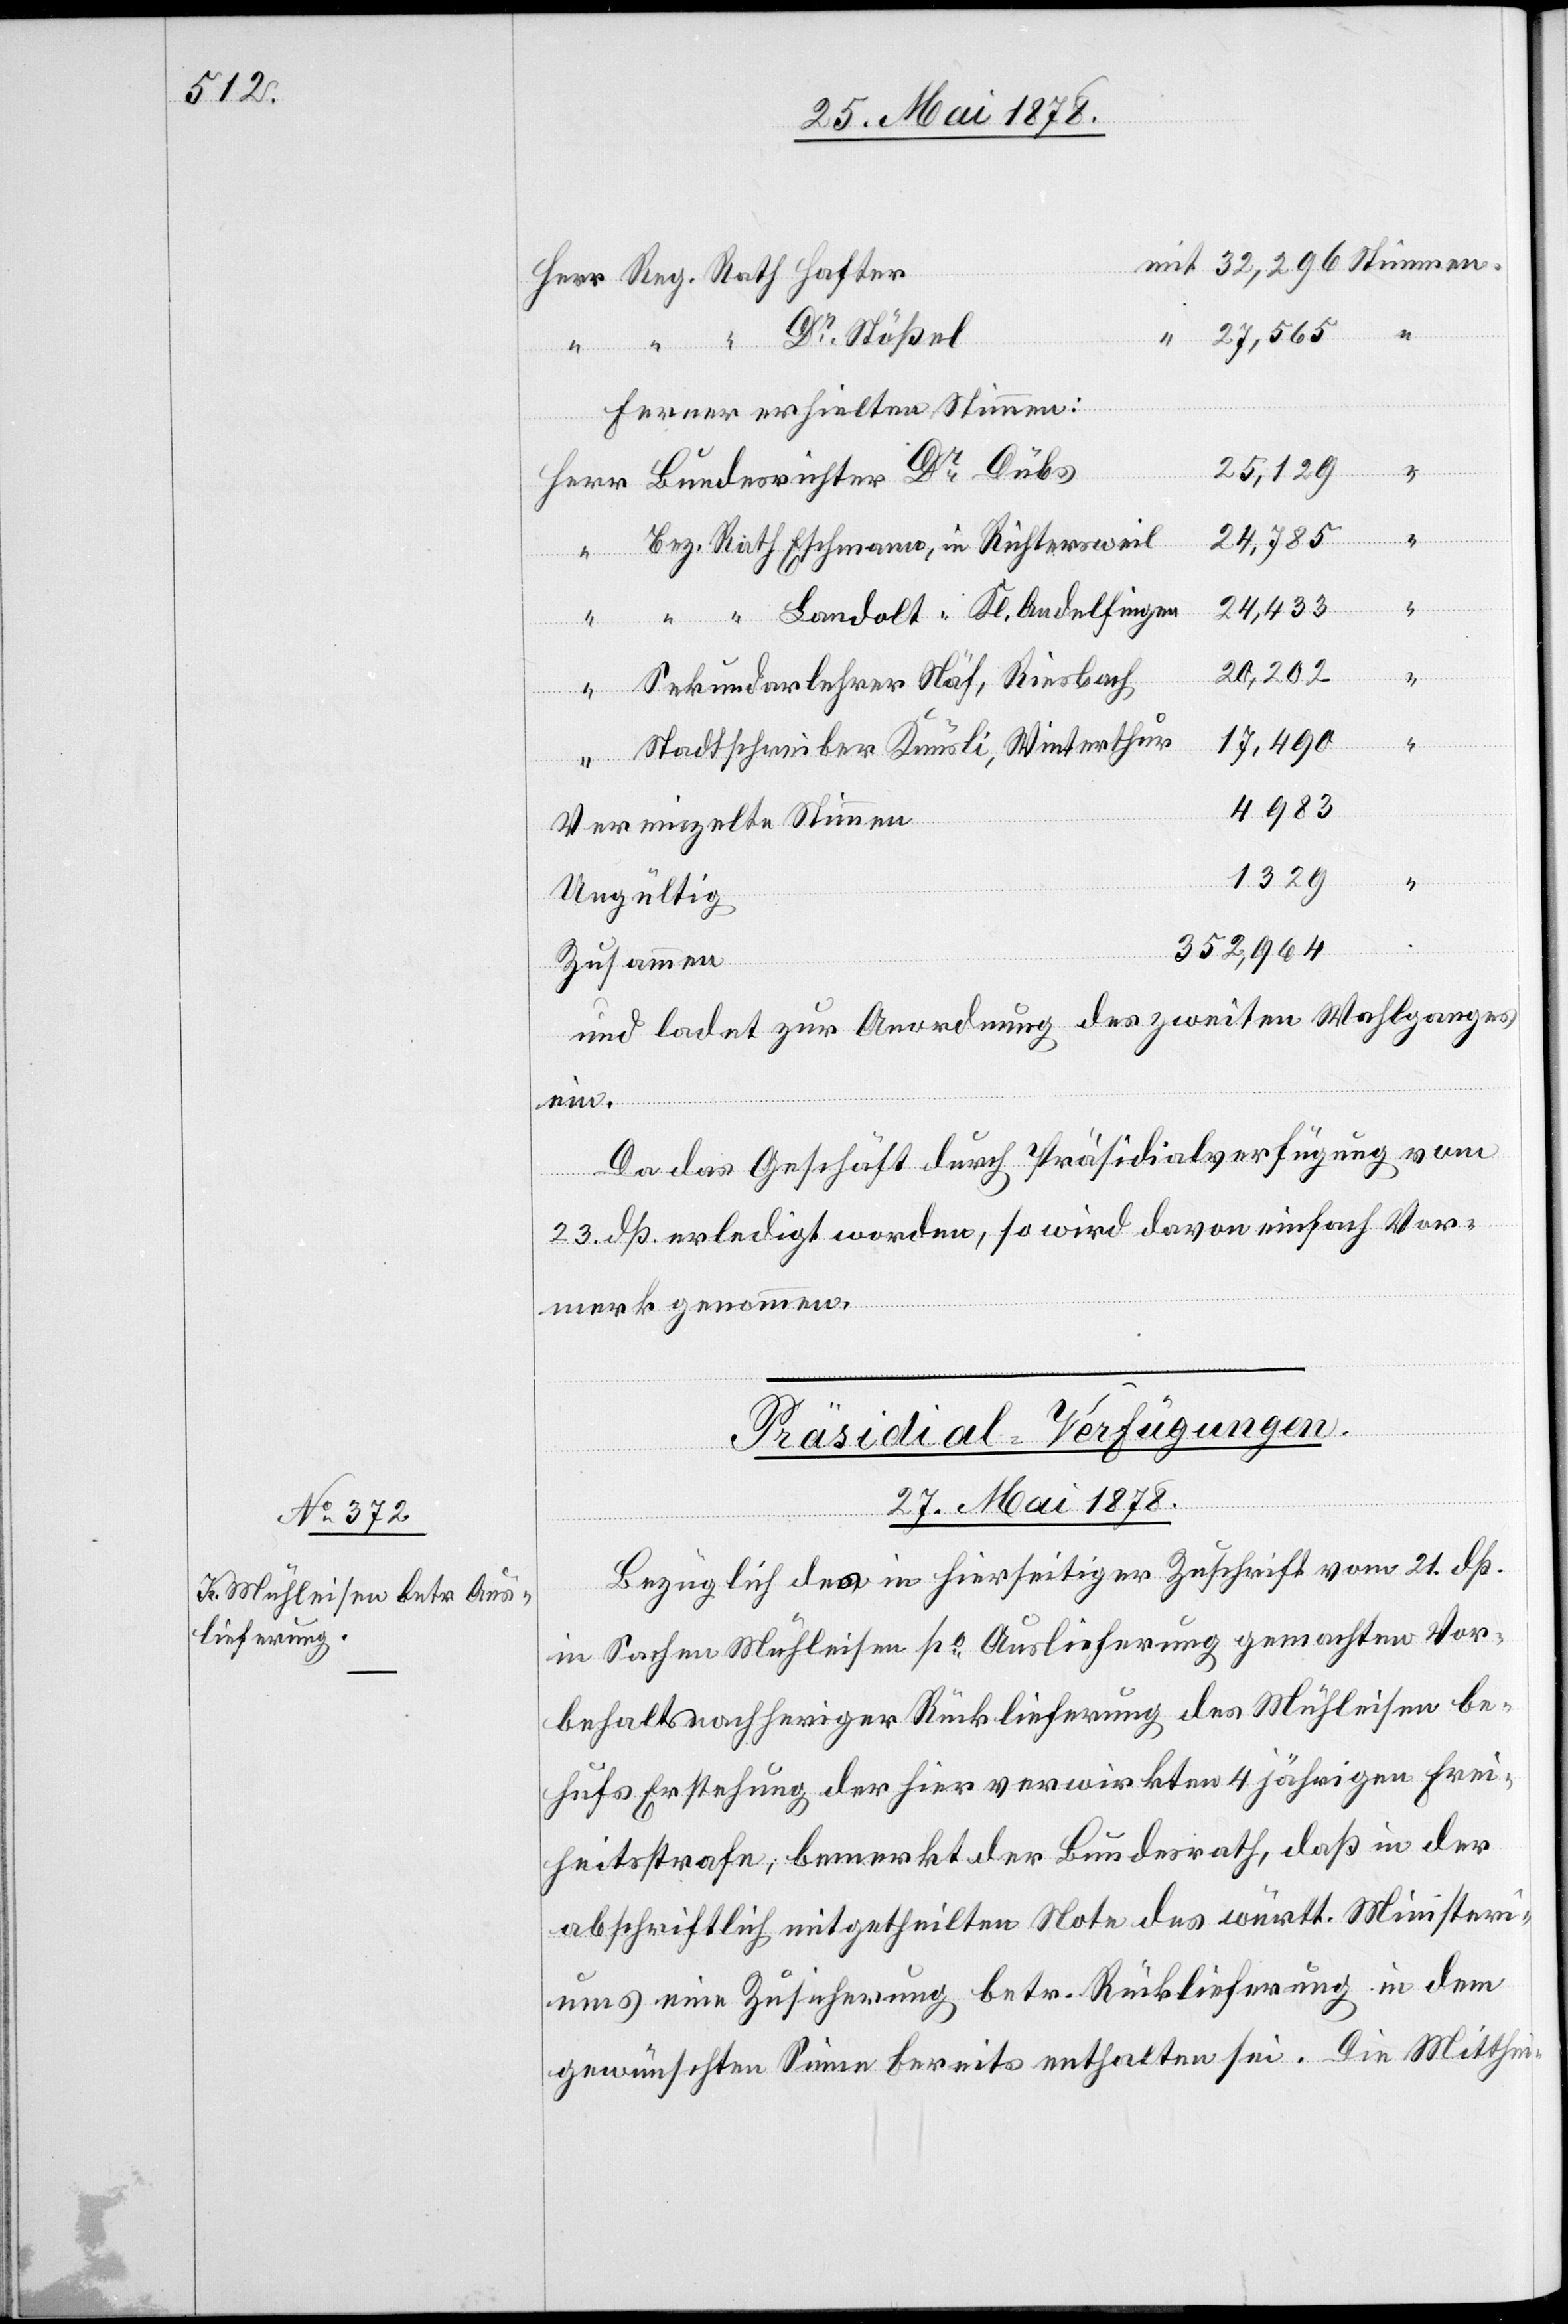
Ferner erhielten Stimmen:
25,129
Bundesrichter Dr Dubs
Stimmen.
24,785
Bez. Rath Eschmann, in Richtersweil
24,433
“ “ Landolt “ Kl. Andelfingen
“
20,202
Sekundarlehrer Näf, Riesbach
Herr
17,490
Stadtschreiber Knüsli, Winterthur
4983
Vereinzelte Stimmen
1329
Ungültig
352,964
Zusammen
und ladet zur Anordnung des zweiten Wahlganges
ein.
Da das Geschäft durch Präsidialverfügung vom
23. dß erledigt worden, so wird davon einfach Vor¬
merk genommen.
Präsidial-Verfügungen.
27. Mai 1878.
Bezüglich des in hierseitiger Zuschrift vom 21. dß.
in Sachen Mühleisen po Auslieferung gemachten Vor¬
behaltsnachheriger Rücklieferung des Mühleisen be¬
hufs Erstehung der hier verwirkten 4 jährigen Frei¬
heitsstrafe, bemerkt der Bundesrath, daß in der
abschriftlich mitgetheilten Note des württ. Ministeri¬
ums eine Zusicherung betr. Rücklieferung in dem
gewünschten Sinne bereits enthalten sei. Die Mitthei-